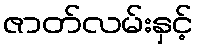
ဇာတ်လမ်းနှင့်